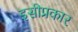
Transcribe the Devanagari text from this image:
इसीप्रकार